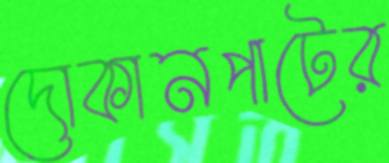
দোকানপাটের